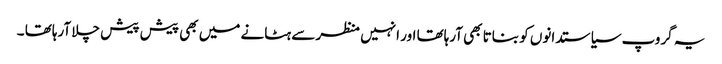
یہ گروپ سیاستدانوں کو بناتا بھی آرہاتھا اور انہیں منظر سے ہٹانے میں بھی پیش پیش چلا آرہاتھا ۔